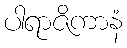
ပါရာဇိကာနံ